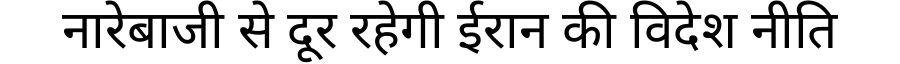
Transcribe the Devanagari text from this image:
नारेबाजी से दूर रहेगी ईरान की विदेश नीति